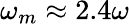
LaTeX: \omega_{m}\approx 2.4\omega